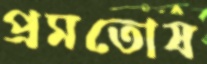
প্রমতোষ